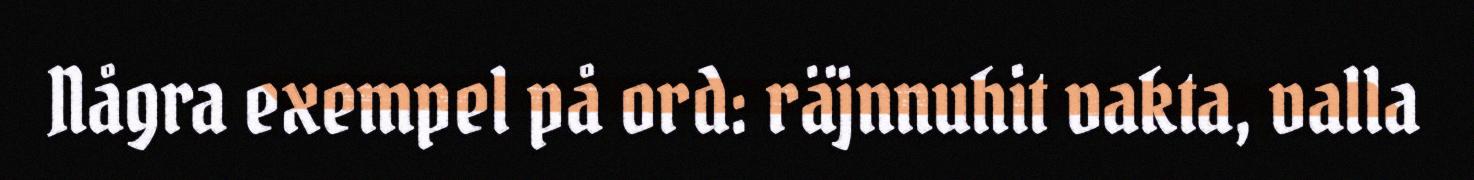
Några exempel på ord: räjnnuhit vakta, valla